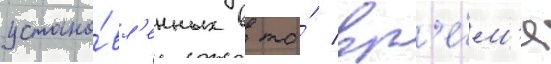
устано́вл'енных в то́ вр'е́м'я